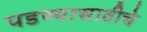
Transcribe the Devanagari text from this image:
पडण्यासाठीचे